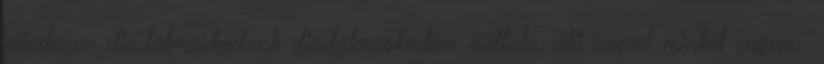
mindezen diadalmaskodunk diadalmaskodom őáltala, aki szeret minket engem ”